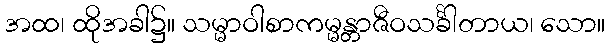
အထ၊ ထိုအခါ၌။ သမ္မာဝါစာကမ္မန္တာဇီဝသင်္ခါတာယ၊ သော။